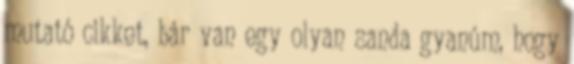
mutató cikket, bár van egy olyan sanda gyanúm, hogy